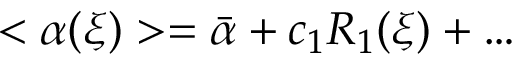
< \alpha ( \xi ) > = \bar { \alpha } + c _ { 1 } R _ { 1 } ( \xi ) + \ldots